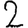
Digit: 2